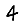
Digit: 4